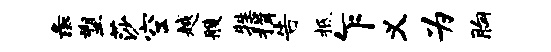
彘塑莎空越艘牲揖告柢乍义为胸